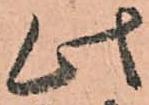
此